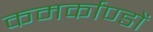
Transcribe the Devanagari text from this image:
कमर्काण्डों